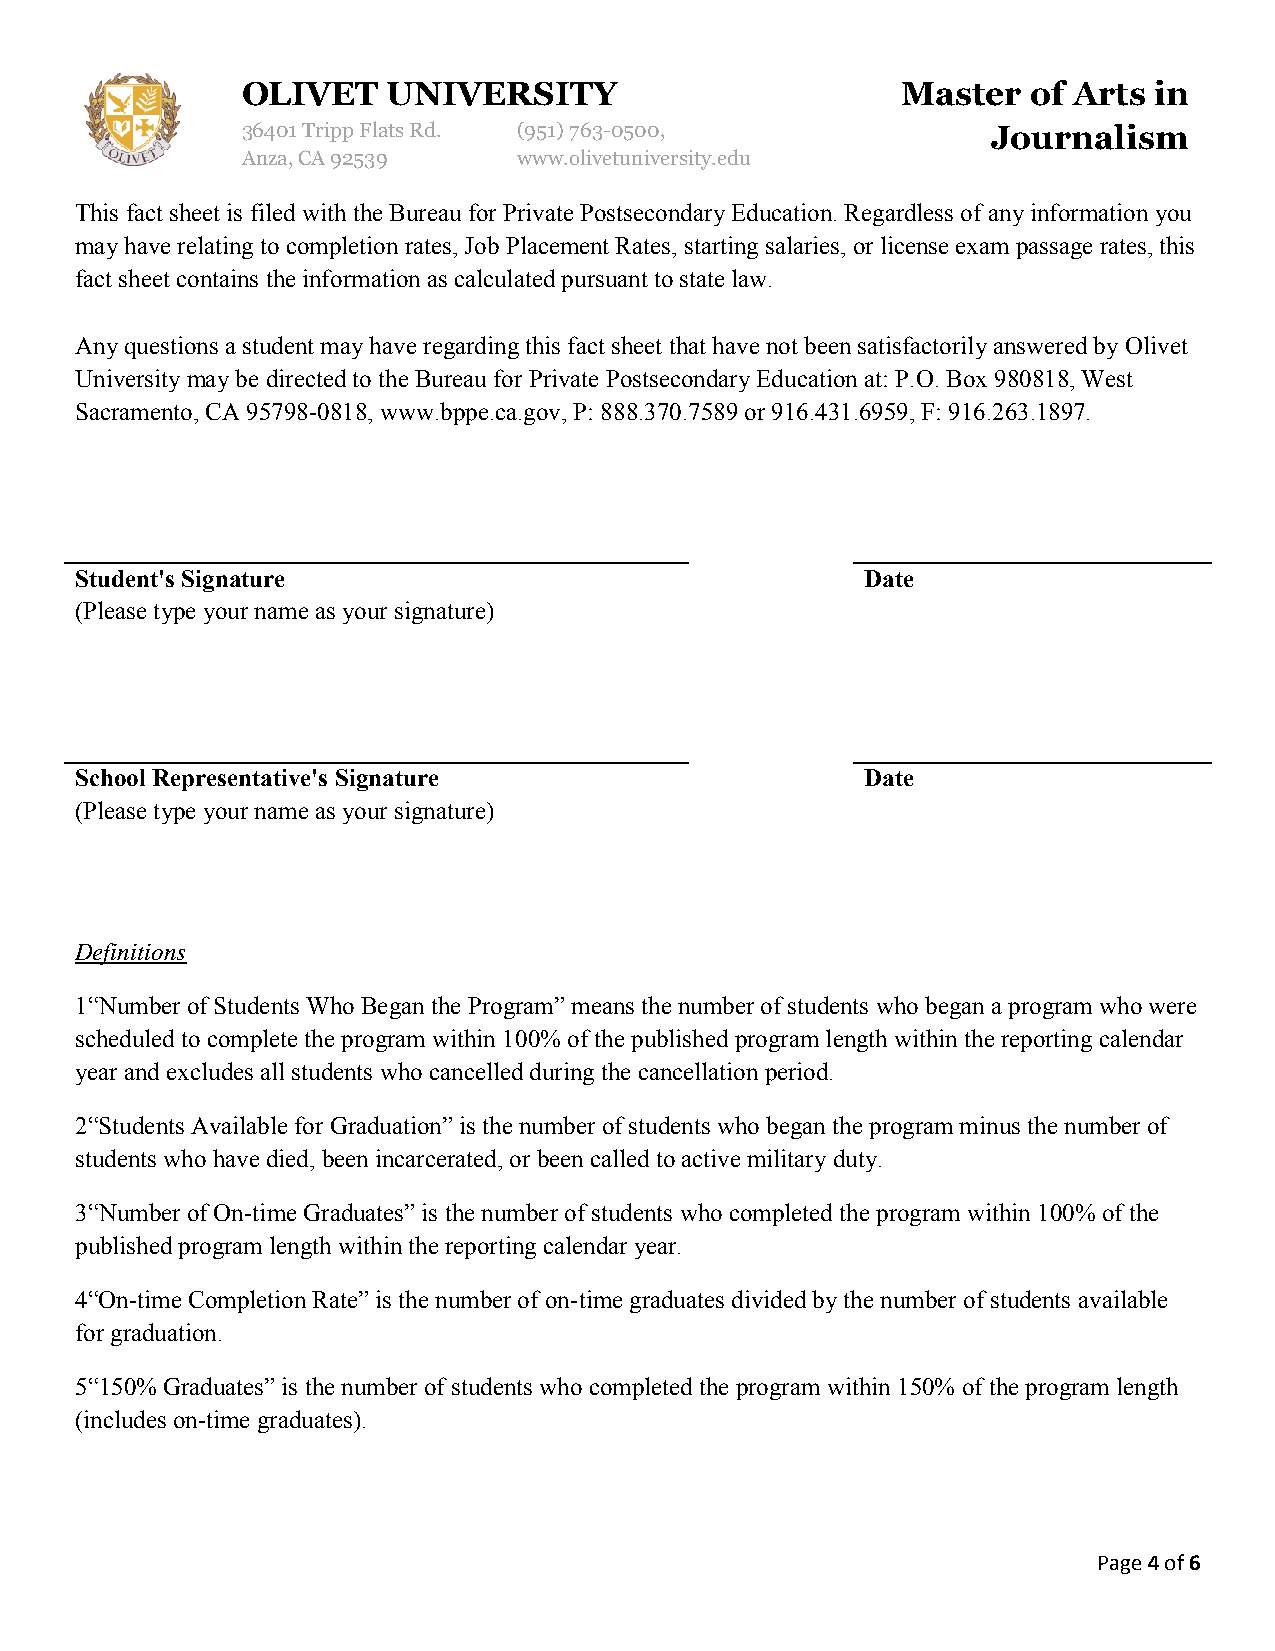
OLIVET    UNIVERSITY                        Master  of Arts in
 36401 Tripp Flats Rd. (951)763-0500,              Journalism
 Anza, CA 92539    www.olivetuniversity.edu
 This fact sheet is filed with the Bureau for Private Postsecondary Education. Regardless of any information you
 may have relating to completion rates, Job Placement Rates, starting salaries, or license exam passage rates, this
 fact sheet contains the information as calculated pursuant to state law.
 Any questions a student may have regarding this fact sheet that have not been satisfactorily answered by Olivet
 University may be directed to the Bureau for Private Postsecondary Education at: P.O. Box 980818, West
 Sacramento, CA 95798-0818, www.bppe.ca.gov, P: 888.370.7589 or 916.431.6959, F: 916.263.1897.
 Student's Signature                                 Date
 (Please type your name as your signature)
 School Representative's Signature                   Date
 (Please type your name as your signature)
 Definitions
 1“Number of Students Who Began the Program” means the number of students who began a program who were
 scheduled to complete the program within 100% of the published program length within the reporting calendar
 year and excludes all students who cancelled during the cancellation period.
 2“Students Available for Graduation” is the number of students who began the program minus the number of
 students who have died, been incarcerated, or been called to active military duty.
 3“Number of On-time Graduates” is the number of students who completed the program within 100% of the
 published program length within the reporting calendar year.
 4“On-time Completion Rate” is the number of on-time graduates divided by the number of students available
 for graduation.
 5“150% Graduates” is the number of students who completed the program within 150% of the program length
 (includes on-time graduates).
 Page 4 of 6